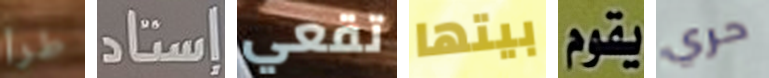
طرأ إستاد تقعي بيتها يقوم حري